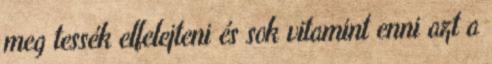
meg tessék elfelejteni és sok vitamint enni azt a